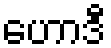
ဟောဒီ